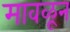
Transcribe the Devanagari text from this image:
मावळून